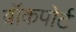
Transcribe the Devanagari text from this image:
ब्रॉकपोर्ट